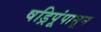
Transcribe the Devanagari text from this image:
षड्रिपूंपासून